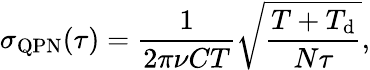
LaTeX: \sigma_{\mathrm{QPN}}(\tau)=\frac{1}{2\pi\nu CT}\sqrt{\frac{T+T_{\mathrm{d}}}{N\tau}},